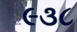
૯૩૮